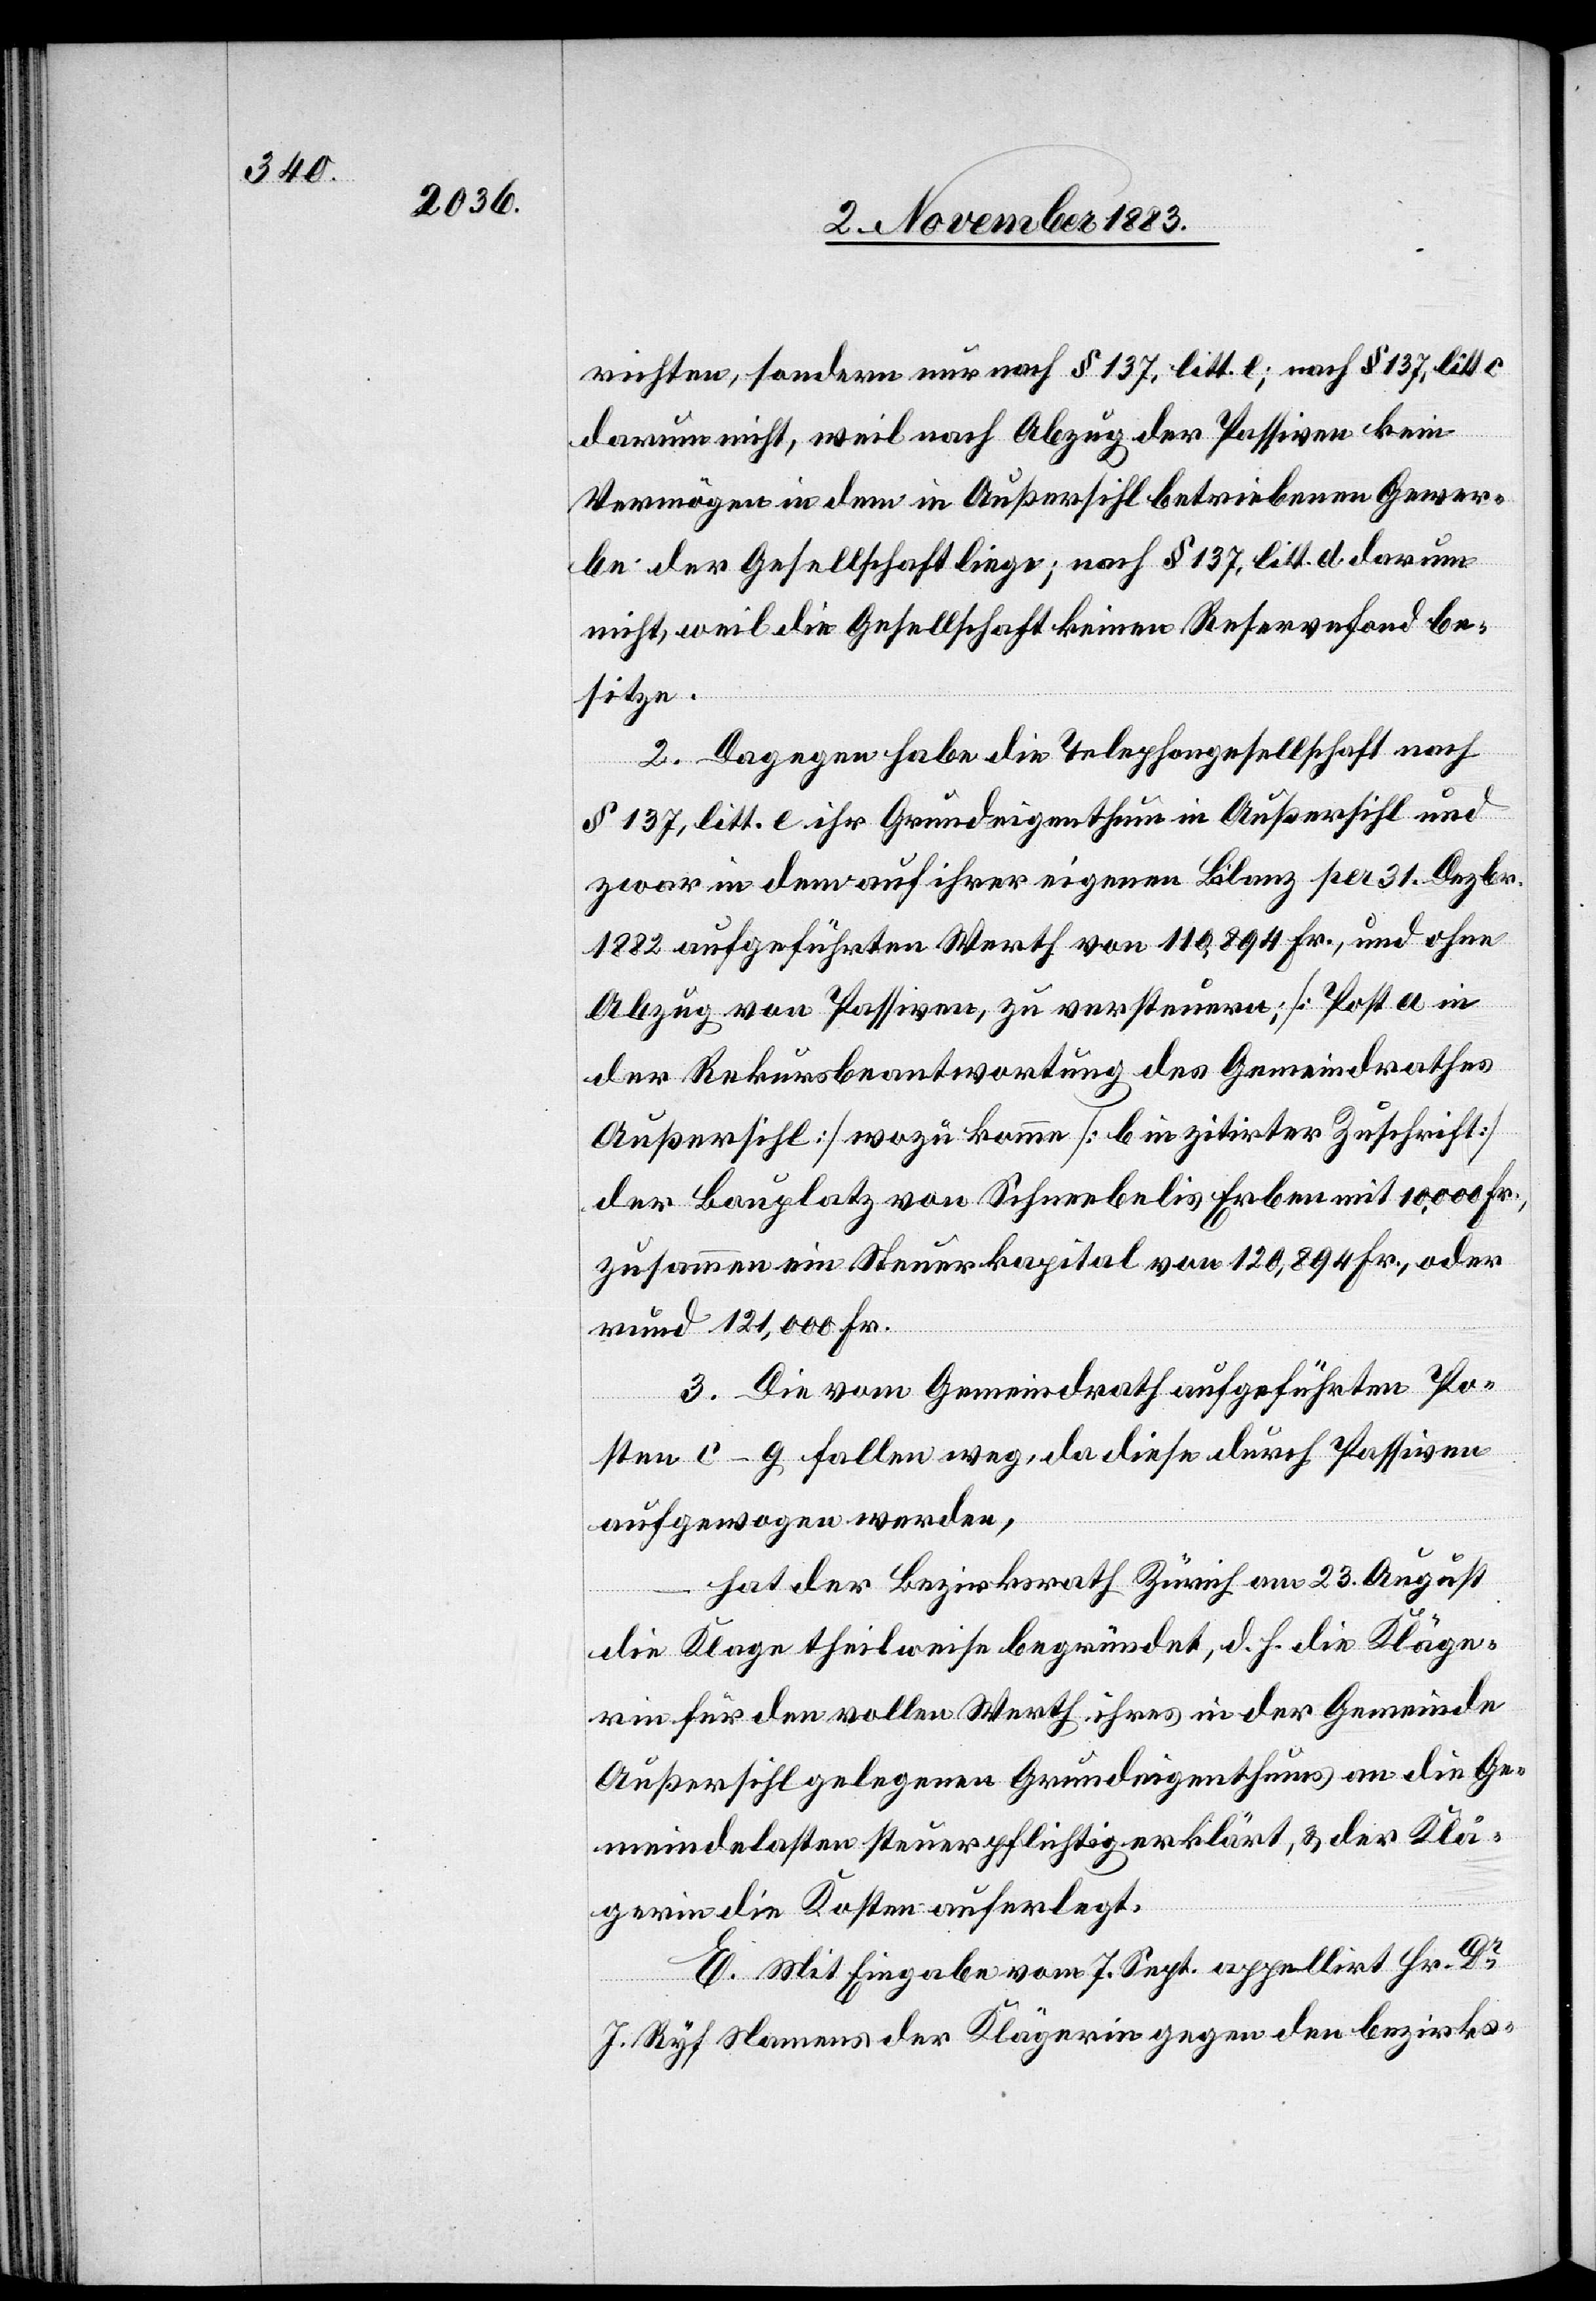
richten, sondern nur nach § 137, litt. l; nach § 137, litt. c
darum nicht, weil nach Abzug der Passiven kein
Vermögen in dem in Außersihl betriebenen Gewer¬
be der Gesellschaft liege; nach § 137, litt. d darum
nicht, weil die Gesellschaft keinen Reservefond be¬
sitze.
2. Dagegen habe die Telephongesellschaft nach
§ 137, litt. e ihr Grundeigenthum in Außersihl und
zwar in dem auf ihrer eigenen Bilanz per 31. Dezbr.
1882 aufgeführten Werth von 110,894 Fr., und ohne
Abzug von Passiven, zu versteuern; [Post a in
der Rekursbeantwortung des Gemeindrathes
Außersihl] wozu komme [b in zitirter Zuschrift]
der Bauplatz von Schneebelis Erben mit 10,000 Fr.,
zusammen ein Steuerkapital von 120,894 Fr., oder
rund 121,000 Fr.
3. Die vom Gemeindrath aufgeführten Po¬
sten c–g fallen weg, da diese durch Passiven
aufgewogen werden,
hat der Bezirksrath Zürich am 23. August
die Klage theilweise begründet, d. h. die Kläge¬
rin für den vollen Werth ihres in der Gemeinde
Außersihl gelegenen Grundeigenthums an die Ge¬
meindelasten steuerpflichtig erklärt, & der Klä¬
gerin die Kosten auferlegt.
E. Mit Eingabe vom 7. Sept. appellirt Hr. Dr
J. Ryf Namens der Klägerin gegen den bezirks-